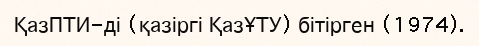
ҚазПТИ-ді (қазіргі ҚазҰТУ) бітірген (1974).